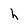
Character: h